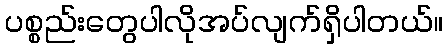
ပစ္စည်းတွေပါလိုအပ်လျက်ရှိပါတယ်။